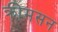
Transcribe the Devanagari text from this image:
क्रीमसन